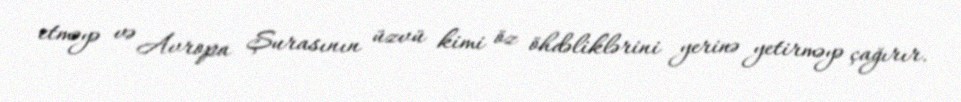
etməyə və Avropa Şurasının üzvü kimi öz öhdəliklərini yerinə yetirməyə çağırır.